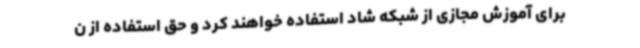
برای آموزش مجازی از شبکه شاد استفاده خواهند کرد و حق استفاده از ن